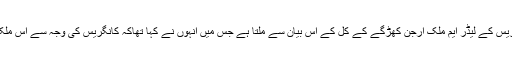
مسٹر مودی نے ’جمہوریت‘ اور سیاسی خاندان کے حوالے سے جو باتیں کہیں اس کا سرا کانگریس کے لیڈر ایم ملک ارجن کھڑگے کے کل کے اس بیان سے ملتا ہے جس میں انہوں نے کہا تھاکہ کانگریس کی وجہ سے اس ملک میں جمہوریت زندہ ہے اور جمہوریت ہی کی وجہ سے مسٹر مودی وزیر اعظم بن پائے ہیں۔